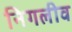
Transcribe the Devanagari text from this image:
निगलीव